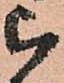
被